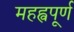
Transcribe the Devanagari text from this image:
महह्वपूर्ण